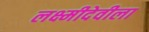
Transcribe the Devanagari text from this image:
लक्ष्मीदेवीला